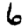
Digit: 6